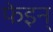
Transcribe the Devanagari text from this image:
फेइन्